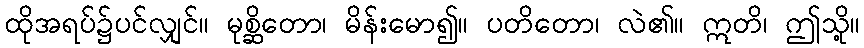
ထိုအရပ်၌ပင်လျှင်။ မုစ္ဆိတော၊ မိန်းမော၍။ ပတိတော၊ လဲ၏။ ဣတိ၊ ဤသို့။